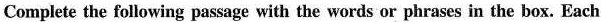
Complete the following passage with the words or phrases in the box. Each